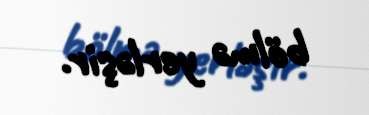
bölmə yerləşir.